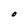
Character: O